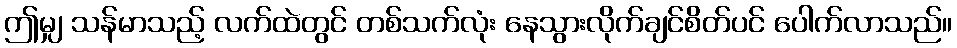
ဤမျှ သန်မာသည့် လက်ထဲတွင် တစ်သက်လုံး နေသွားလိုက်ချင်စိတ်ပင် ပေါက်လာသည်။